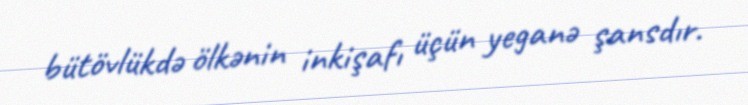
bütövlükdə ölkənin inkişafı üçün yeganə şansdır.